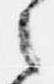
之